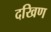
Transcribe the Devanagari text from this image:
दखिण